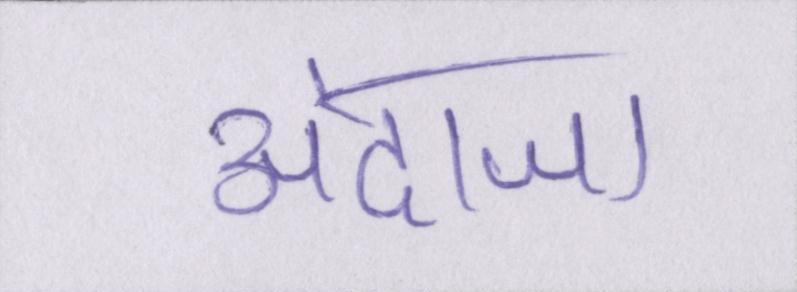
अंदाजा